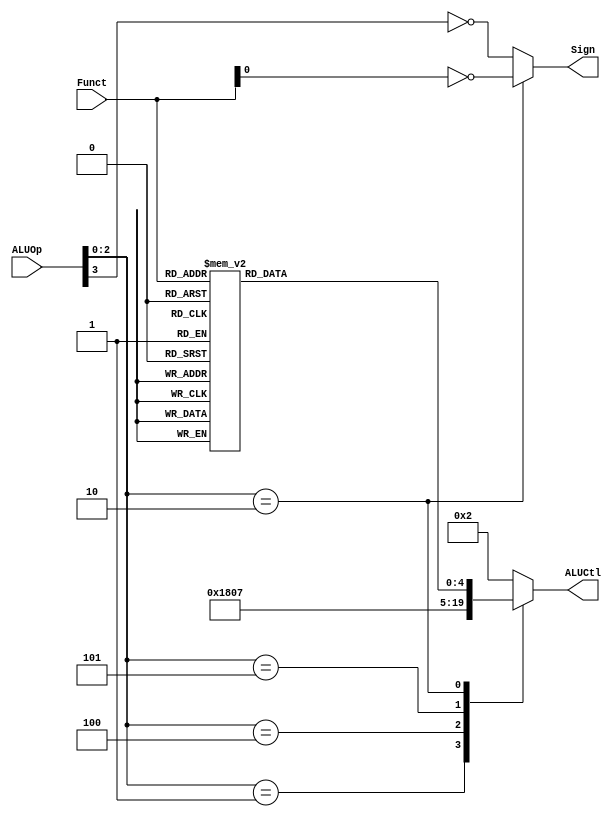
`timescale 1ns / 1ps

module ALUControl(ALUOp, Funct, ALUCtl, Sign);
	input [3:0] ALUOp;
	input [5:0] Funct;
	output reg [4:0] ALUCtl;
	output Sign;
	
	parameter aluAND = 5'b00000;
	parameter aluOR  = 5'b00001;
	parameter aluADD = 5'b00010;
	parameter aluSUB = 5'b00110;
	parameter aluSLT = 5'b00111;
	parameter aluNOR = 5'b01100;
	parameter aluXOR = 5'b01101;
	parameter aluSLL = 5'b10000;
	parameter aluSRL = 5'b11000;
	parameter aluSRA = 5'b11001;
	
	// Funct[0]: unsigned 
	// ALUOp[3]: ALUOp
	assign Sign = (ALUOp[2:0] == 3'b010)? ~Funct[0]: ~ALUOp[3];
	
	reg [4:0] aluFunct;
	always @(*)
		case (Funct)
			6'b00_0000: aluFunct <= aluSLL;
			6'b00_0010: aluFunct <= aluSRL;
			6'b00_0011: aluFunct <= aluSRA;
			6'b10_0000: aluFunct <= aluADD;
			6'b10_0001: aluFunct <= aluADD;
			6'b10_0010: aluFunct <= aluSUB;
			6'b10_0011: aluFunct <= aluSUB;
			6'b10_0100: aluFunct <= aluAND;
			6'b10_0101: aluFunct <= aluOR;
			6'b10_0110: aluFunct <= aluXOR;
			6'b10_0111: aluFunct <= aluNOR;
			6'b10_1010: aluFunct <= aluSLT;
			6'b10_1011: aluFunct <= aluSLT;
			default: aluFunct <= aluADD;
		endcase
	
	always @(*)
		case (ALUOp[2:0])
			3'b000: ALUCtl <= aluADD;
			3'b001: ALUCtl <= aluSUB;
			3'b100: ALUCtl <= aluAND;
			3'b101: ALUCtl <= aluSLT;
			3'b010: ALUCtl <= aluFunct;
			default: ALUCtl <= aluADD;
		endcase

endmodule